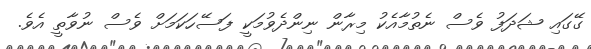
ގޭގައި ޝަދަފު ވެސް ނެތުމާއެކު މިރާން ނިންދެވުމަކީ ފަސޭހަކަމަށް ވެސް ނުވާތީ އެވެ.